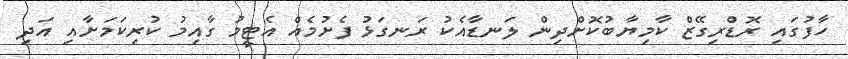
ހާފުގައި ރޮޑްރިގޭޒް ކާމިޔާބުކޮށްދިން ލަނޑާއެކު ރަނގަޅު ފެށުމެއް އެޓީމު ގާއިމު ކުރިކަމަށާއި އަދި